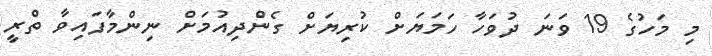
މި މަހުގެ 19 ވަނަ ދުވަހާ ހަމަޔަށް ކުރިޔަށް ގެންދިއުމަށް ނިންމާފައިވާ ތްރީ